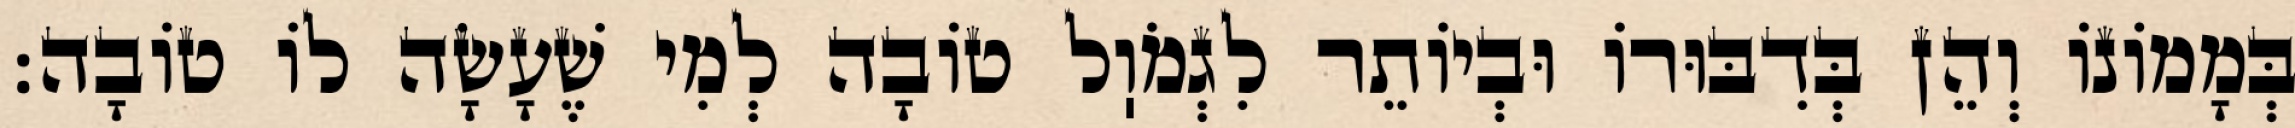
בְּמָמוֹנוֹ וְהֵן בְּדִבּוּרוֹ וּבְיוֹתֵר לִגְמֹוֽל טוֹבָה לְמִי שֶׁעָשָׂה לוֹ טוֹבָה: